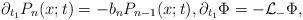
LaTeX: \begin{align*}\partial_{t_1} P_n(x;t)=-b_nP_{n-1}(x;t), \partial_{t_1}\Phi=-\mathcal{L}_-\Phi,\end{align*}